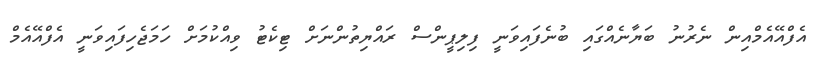
އެފްއޭއެމްއިން ނެރުނު ބަޔާނެއްގައި ބުނެފައިވަނީ ފިލިޕީންސް ރައްޔިތުންނަށް ޓިކެޓު ވިއްކުމަށް ހަމަޖެހިފައިވަނީ އެފްއޭއެމް